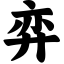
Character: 弈